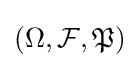
(\Omega ,{\mathcal {F}},{\mathfrak {P}})